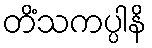
တိံသကပ္ပါနိ